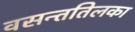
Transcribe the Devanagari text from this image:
वसन्ततिलका